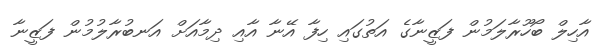
އާހިލް ބޯހޫރާލަމުން ފަޒީނާގެ އަތުގައި ހިފާ އޭނާ އާއި ދިމާއަށް އަނބުރާލުމުން ފަޒީނާ